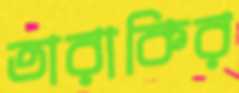
তারাকির